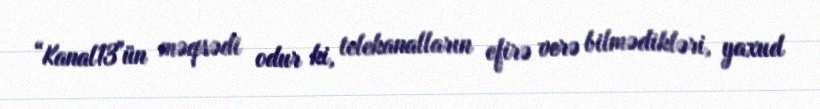
“Kanal13"ün məqsədi odur ki, telekanalların efirə verə bilmədikləri, yaxud